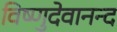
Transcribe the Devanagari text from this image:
विष्णुदेवानन्द